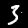
Label: 3